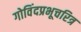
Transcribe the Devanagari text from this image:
गोविंदप्रभूचरित्र